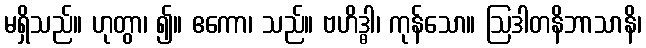
မရှိသည်။ ဟုတွာ၊ ၍။ ဧကော၊ သည်။ ဗဟိဒ္ဓါ၊ ကုန်သော။ ဩဒါတနိဘာသာနိ၊